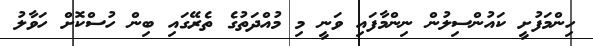
ހިންމަފުށީ ކައުންސިލުން ނިންމާފައި ވަނީ މި މުއްދަތުގެ ތެރޭގައި ބިން ހުސްކޮށް ހަވާލު